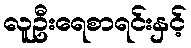
လူဦးရေစာရင်းနှင့်